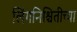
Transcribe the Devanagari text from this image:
लिंगनिश्चितीच्या